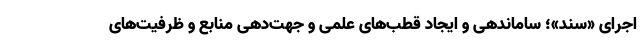
اجرای «سند»؛ ساماندهی و ایجاد قطب‌های علمی و جهت‌دهی منابع و ظرفیت‌های